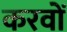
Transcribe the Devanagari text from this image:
करवों